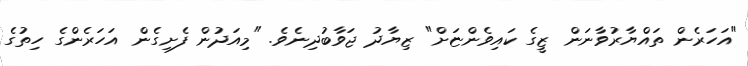
"އަހަރެން ތައްޔާރުވާނަން ޒީގެ ކައިވެންޏަށް" ޒިޔާދު ޖަވާބުދިނެވެ. "މިއަދުން ފެށިގެން އަހަރެންގެ ހިތުގެ